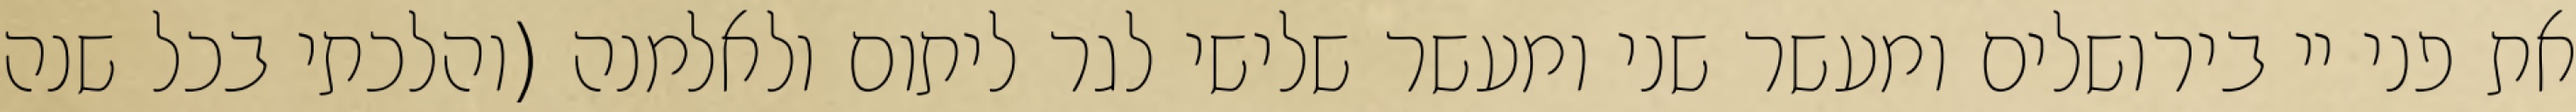
את פני יי בירושלים ומעשר שני ומעשר שלישי לגר ליתום ולאלמנה (והלכתי בכל שנה